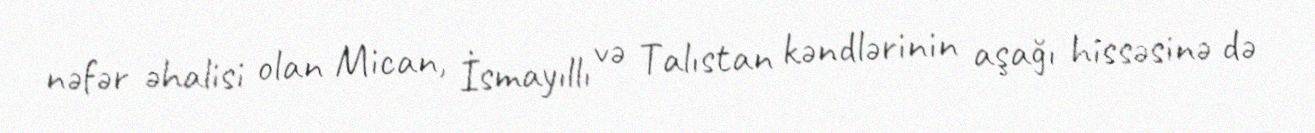
nəfər əhalisi olan Mican, İsmayıllı və Talıstan kəndlərinin aşağı hissəsinə də